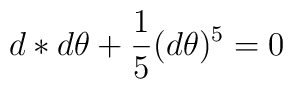
d*d\theta + \frac{1}{5}(d\theta )^{5}=0